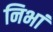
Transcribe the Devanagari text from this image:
निभां